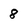
Character: 8